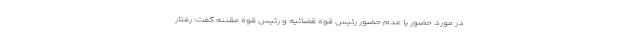
در مورد حضور یا عدم حضور رئیس قوه قضائیه و رئیس قوه مقننه گفت: رفتار